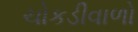
ચોકડીવાળો